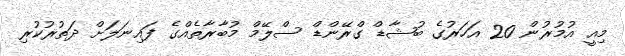
މިއީ އުމުރުން 20 އަހަރުގެ ބުޝާޑް ގްރޭންޑް ސްލޭމް މުބާރާތެއްގެ ފައިނަލަށް ދަތުރުކުރި